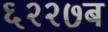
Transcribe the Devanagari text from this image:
६२२७ब